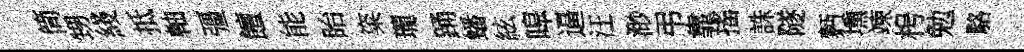
筒甥綫抵軸彊饘能眙粢瓏踊蟠絃嗥逼汪渺弔靠搖誅隧麪壎竦枵勉駱